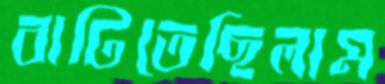
বাটিতেছিলাম